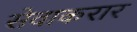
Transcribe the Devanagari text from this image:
सेवाकरार